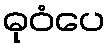
ဓုဝံပေ